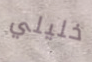
خليلي